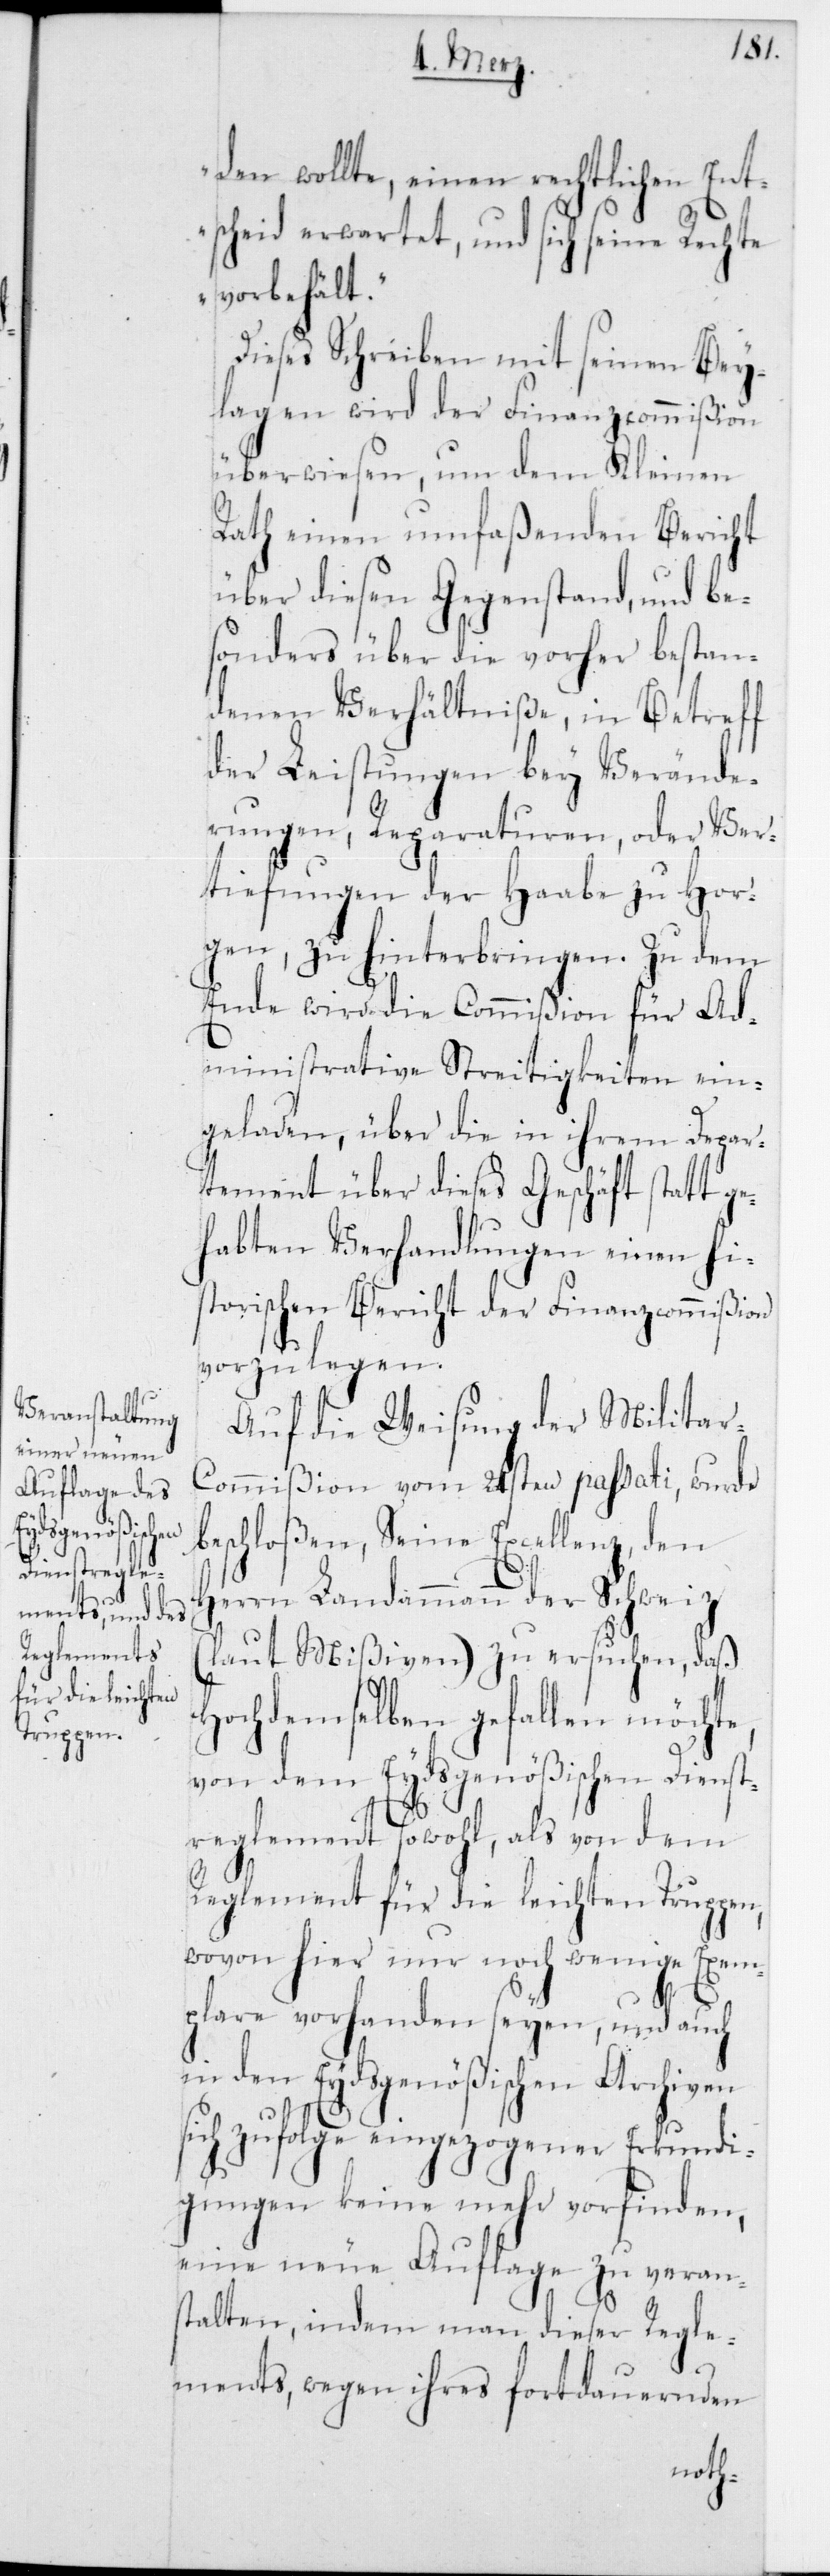
den wollte, einen rechtlichen Ent¬
scheid erwartet, und sich seine Rechte
vorbehält“.
Dieses Schreiben mit seinen Bey¬
lagen wird der Finanzcommißion
überwiesen, um dem Kleinen
Rath einen umfaßenden Bericht
über diesen Gegenstand, und be¬
sonders über die vorher bestan¬
denen Verhältniße, in Betreff
der Leistungen bey Verände¬
rungen, Reparaturen, oder Ver¬
tiefungen der Haabe zu Hor¬
gen, zu hinterbringen. Zu dem
Ende wird die Commißion für Ad¬
ministrative Streitigkeiten ein¬
geladen, über die in ihrem Depar¬
tement über dieses Geschäft stattge¬
habten Verhandlungen einen his¬
torischen Bericht der Finanzcommißion
vorzulegen.
Auf die Weisung der Milita¬
r-Commißion vom 24sten passati, wurde
beschloßen, Seine Excellenz, den
Herrn Landammann der Schweiz
(laut Mißiven) zu ersuchen, daß
Hochdemselben gefallen möchte,
von dem Eydsgenößischen Diens¬
treglement sowohl, als von dem
Reglement für die leichten Truppen,
wovon hier nur noch wenige Exem¬
plare vorhanden seyen, und auch
in den Eydsgenößischen Archiven
sich zufolge eingezogener Erkundi¬
gungen keine mehr vorfinden,
eine neue Auflage zu veran¬
stalten, indem man dieser Regle¬
ments, wegen ihres fortdauernden